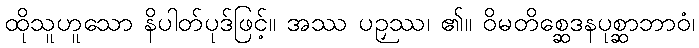
ထိုသူဟူသော နိပါတ်ပုဒ်ဖြင့်။ အဿ ပဉှဿ၊ ၏။ ဝိမတိစ္ဆေဒနပုစ္ဆာဘာဝံ၊